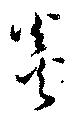
炎